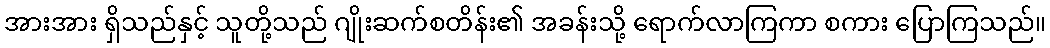
အားအား ရှိသည်နှင့် သူတို့သည် ဂျိုးဆက်စတိန်း၏ အခန်းသို့ ရောက်လာကြကာ စကား ပြောကြသည်။